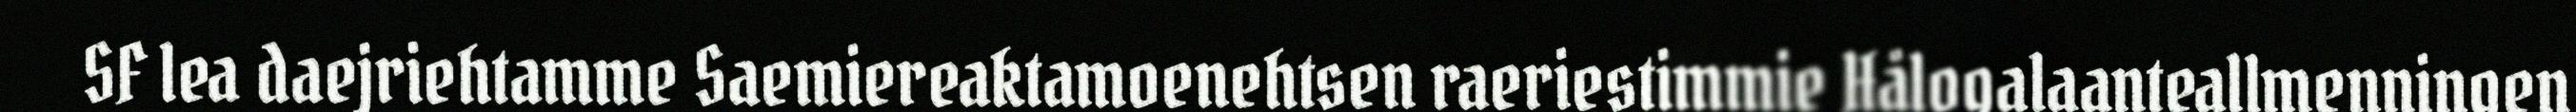
SF lea daejriehtamme Saemiereaktamoenehtsen raeriestimmie Hålogalaanteallmenningen